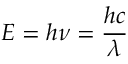
E = h \nu = { \frac { h c } { \lambda } }